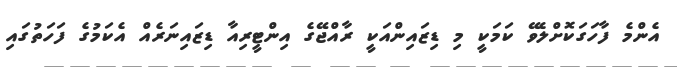
އެންމެ ފާހަގަކޮށްލެވޭ ކަމަކީ މި ޑިޒައިންއަކީ ރާއްޖޭގެ އިންޓީރިއާ ޑިޒައިނަރެއް އެކަމުގެ ފަހަތުގައި